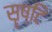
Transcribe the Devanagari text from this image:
सॄष्टि